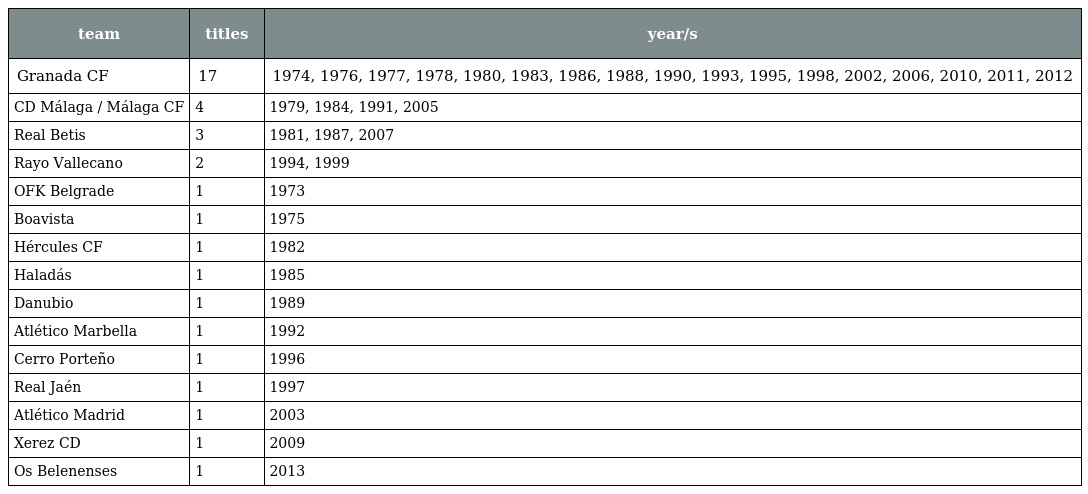
| team | titles | year/s |
 | --- | --- | --- |
 | Granada CF | 17 | 1974, 1976, 1977, 1978, 1980, 1983, 1986, 1988, 1990, 1993, 1995, 1998, 2002, 2006, 2010, 2011, 2012 |
 | CD Málaga / Málaga CF | 4 | 1979, 1984, 1991, 2005 |
 | Real Betis | 3 | 1981, 1987, 2007 |
 | Rayo Vallecano | 2 | 1994, 1999 |
 | OFK Belgrade | 1 | 1973 |
 | Boavista | 1 | 1975 |
 | Hércules CF | 1 | 1982 |
 | Haladás | 1 | 1985 |
 | Danubio | 1 | 1989 |
 | Atlético Marbella | 1 | 1992 |
 | Cerro Porteño | 1 | 1996 |
 | Real Jaén | 1 | 1997 |
 | Atlético Madrid | 1 | 2003 |
 | Xerez CD | 1 | 2009 |
 | Os Belenenses | 1 | 2013 |